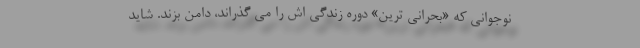
نوجوانی که «بحرانی ترین» دوره زندگی اش را می گذراند، دامن بزند. شاید